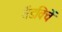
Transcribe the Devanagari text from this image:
सैंडविचें